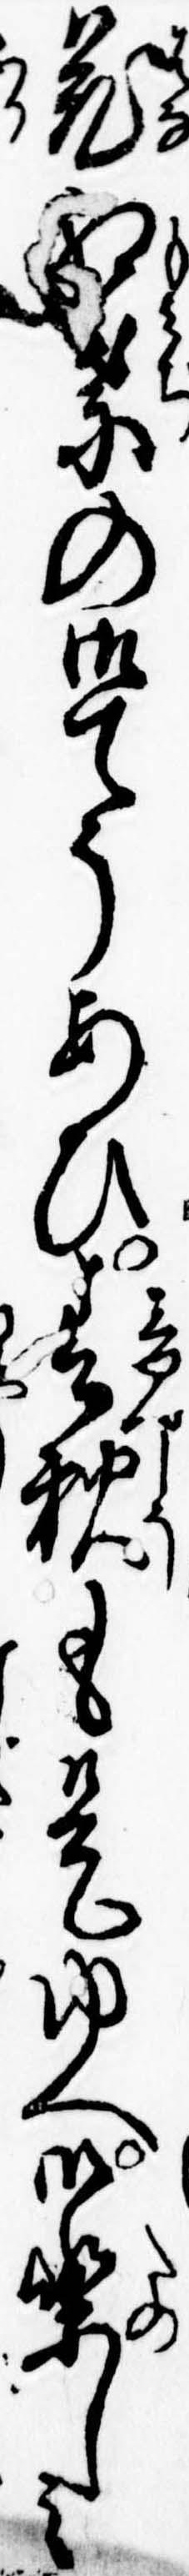
花紅葉の御てうあひ春秋も是ゆへ御楽しみ